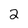
Character: 2